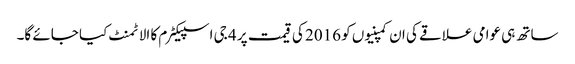
ساتھ ہی عوامی علاقے کی ان کمپنیوں کو 2016 کی قیمت پر 4 جی اسپیکٹرم کا الاٹمنٹ کیا جائے گا۔